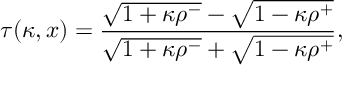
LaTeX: \tau ( \kappa , x ) = { \frac { \sqrt { 1 + \kappa \rho ^ { - } } - \sqrt { 1 - \kappa \rho ^ { + } } } { \sqrt { 1 + \kappa \rho ^ { - } } + \sqrt { 1 - \kappa \rho ^ { + } } } } ,